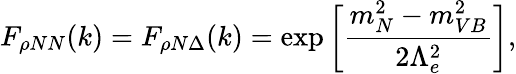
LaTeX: F_{\rho NN}(k)=F_{\rho N\Delta}(k)=\exp\bigg[\frac{m_{N}^{2}-m_{VB}^{2}}{2\Lambda_{e}^{2}}\bigg],